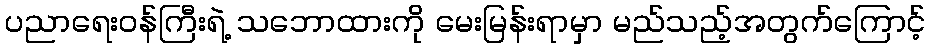
ပညာရေးဝန်ကြီးရဲ့ သဘောထားကို မေးမြန်းရာမှာ မည်သည့်အတွက်ကြောင့်